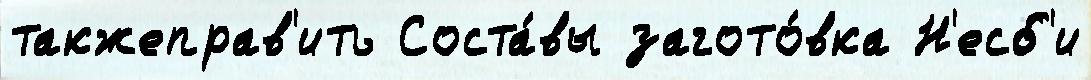
такжеправ'ить Соста́вы загото́вка Н'есб'и